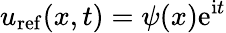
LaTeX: u_{\mathrm{ref}}(x,t)=\psi(x)\mathrm{e}^{\mathrm{i}t}